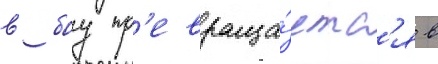
в боу пр'евраща́етс'я в